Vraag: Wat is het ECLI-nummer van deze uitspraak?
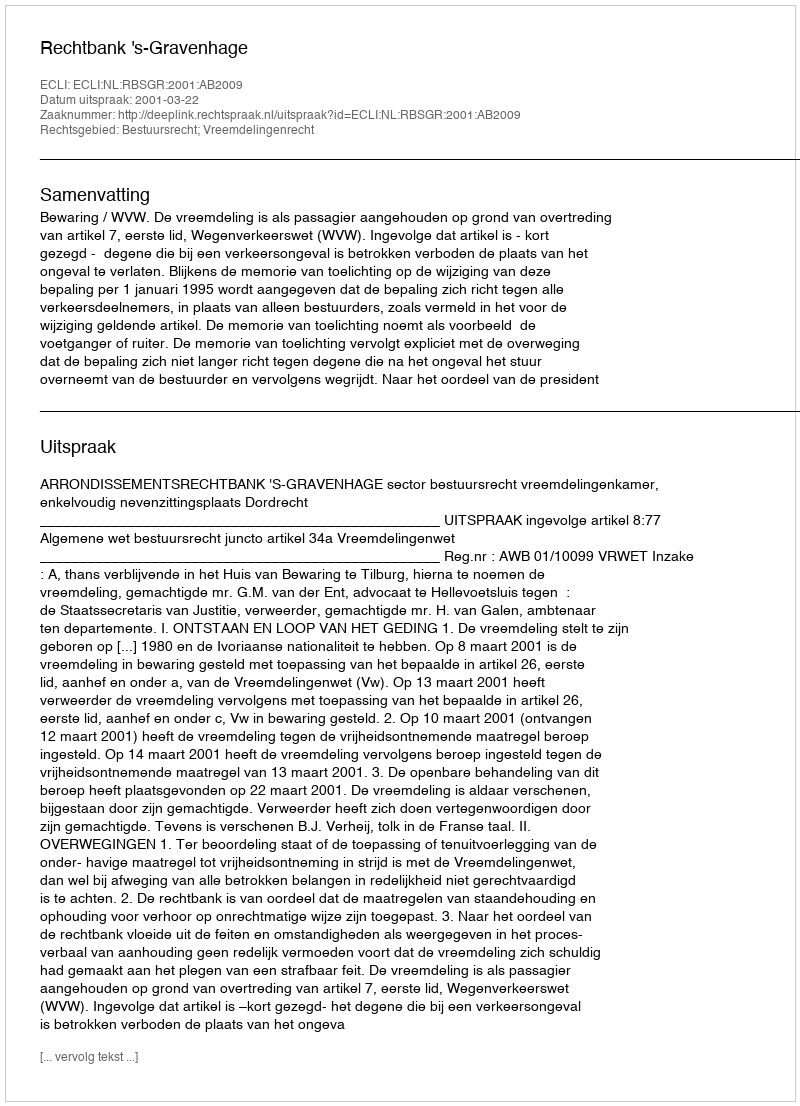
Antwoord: ECLI:NL:RBSGR:2001:AB2009